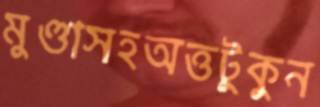
মুণ্ডাসহঅত্তটুকুন